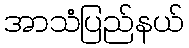
အာသံပြည်နယ်